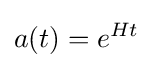
a(t)=e^{Ht}